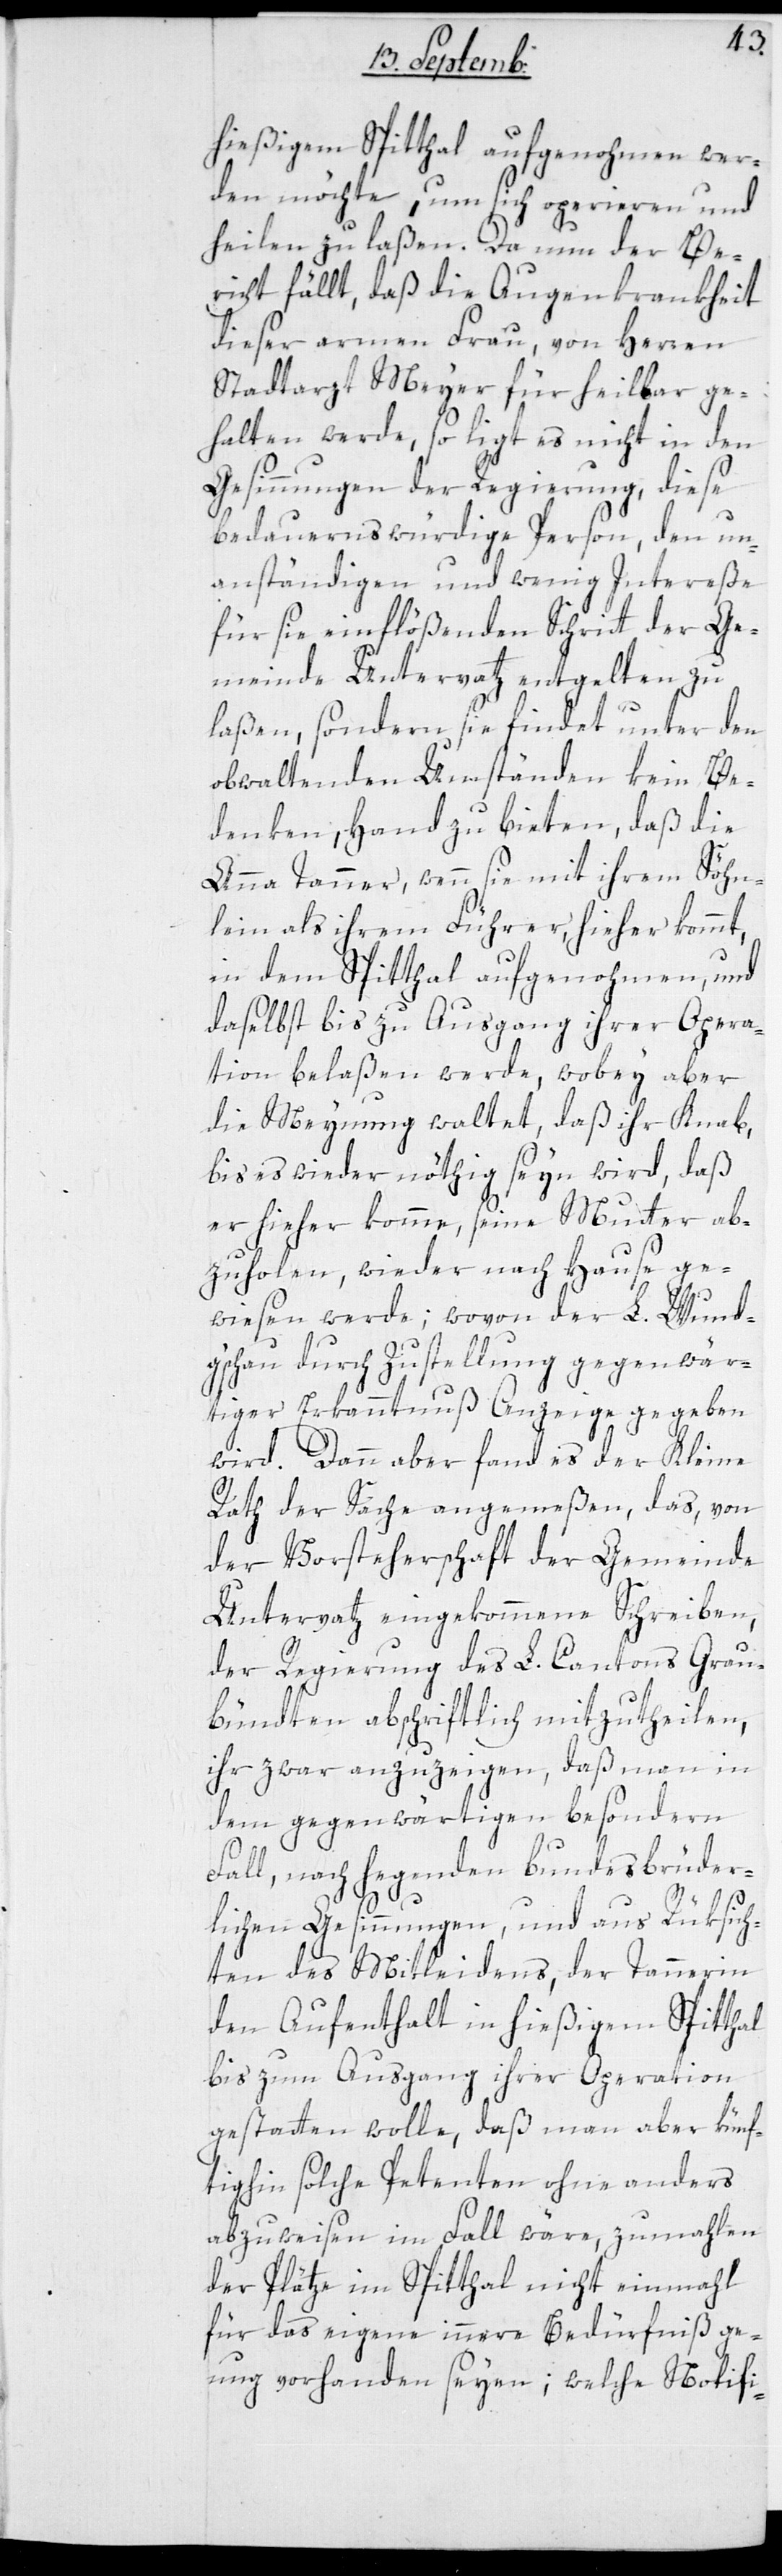
hießigem Spitthal aufgenohmen wer¬
den möchte, um sich operieren und
heilen zu laßen. Da nun der Be¬
richt fällt, daß die Augenkrankheit
dieser armen Frau von Herren
Stadtarzt Meyer für heilbar ge¬
halten werde, so ligt es nicht in den
Gesinnungen der Regierung, diese
bedauernswürdige Person, den un¬
anständigen und wenig Intereße
für sie einflößenden Schritt der Ge¬
meinde Untervaz entgelten zu
laßen, sondern sie findet unter den
obwaltenden Umständen kein Be¬
denken, Hand zu bieten, daß die
Anna Tanner, wenn sie mit ihrem Söhn¬
lein als ihrem Führer hieher kommt,
in dem Spitthal aufgenohmen und
daselbst bis zu Ausgang ihrer Opera¬
tion belaßen werde, wobey aber
die Meynung waltet, daß ihr Knab,
bis es wieder nöthig seyn wird, daß
er hieher komme, seine Mutter ab¬
zuholen, wieder nach Hause ge¬
wiesen werde; wovon der L. Wund¬
gschau durch Zustellung gegenwär¬
tiger Erkanntnuß Anzeige gegeben
wird. Dann aber fand es der Kleine
Rath der Sache angemeßen, das von
der Vorsteherschaft der Gemeinde
Untervaz eingekommene Schreiben,
der Regierung des L. Cantons Grau¬
bündten abschriftlich mitzutheilen,
ihr zwar anzuzeigen, daß man in
dem gegenwärtigen besondern
Fall, nach hegenden bundesbrüder¬
lichen Gesinnungen, und aus Rüksich¬
ten des Mitleidens, der Tannerin
den Aufenthalt in hießigem Spitthal
bis zum Ausgang ihrer Operation
gestatten wolle, daß man aber künf¬
tighin solche Petenten ohne anders
abzuweisen im Fall wäre, zumahlen
der Plätze im Spitthal nicht einmahl
für das eigene innere Bedürfniß gen¬
ug vorhanden seyen; welche Notifi-